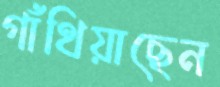
গাঁথিয়াছেন